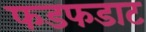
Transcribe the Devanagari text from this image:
फडफडाट